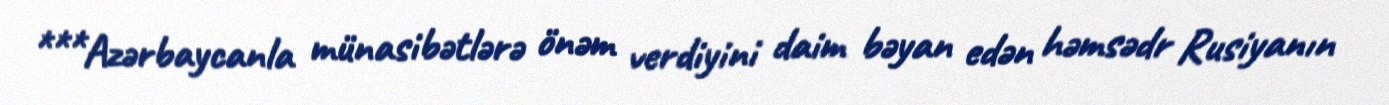
***Azərbaycanla münasibətlərə önəm verdiyini daim bəyan edən həmsədr Rusiyanın